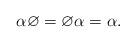
LaTeX: \begin{align*}\alpha \varnothing = \varnothing\alpha = \alpha.\end{align*}